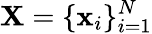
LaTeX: \textbf{X}=\{ \textbf{x}_{i}\} _{i=1}^{N}